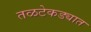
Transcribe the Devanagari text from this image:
तळटेकड्यात